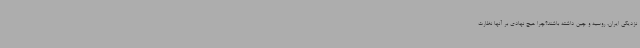
نزدیکی ایران، روسیه و چین داشته باشند؟چرا هیچ نهادی بر آنها نظارت